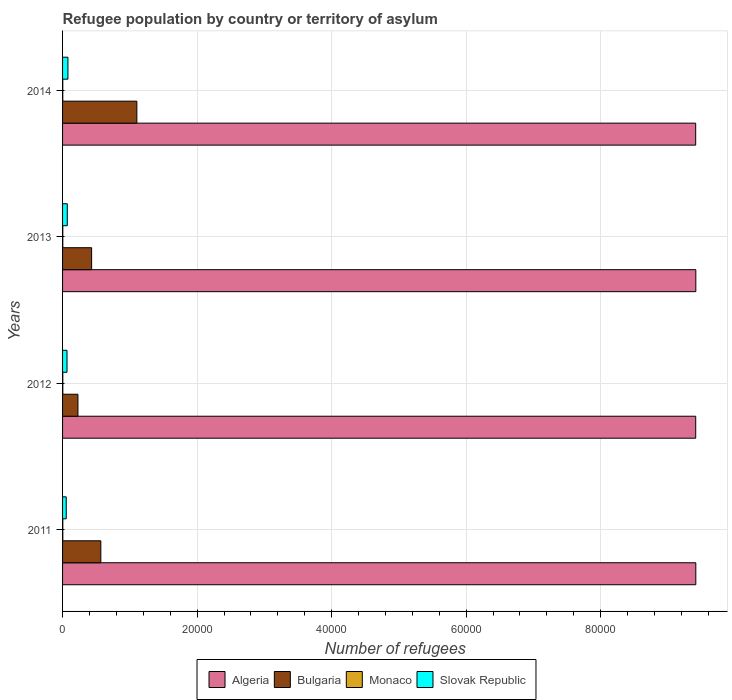
| Years | Algeria | Bulgaria | Monaco | Slovak Republic |
 | --- | --- | --- | --- | --- |
 | 2011 | 9.41e+04 | 5.69e+03 | 37 | 546 |
 | 2012 | 9.41e+04 | 2.29e+03 | 37 | 662 |
 | 2013 | 9.42e+04 | 4.32e+03 | 34 | 701 |
 | 2014 | 9.41e+04 | 1.1e+04 | 33 | 799 |